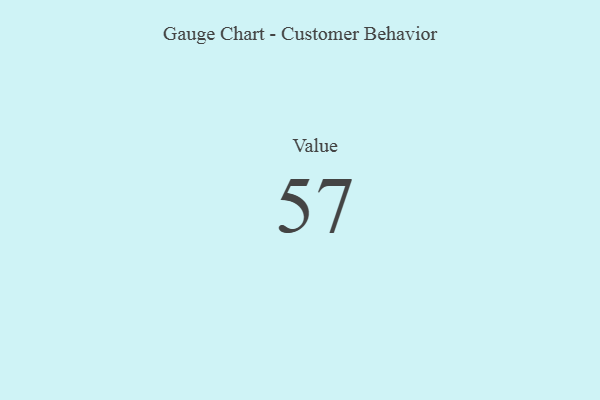
{"axis": {"x": "Metric", "y": "Value"}, "legend": [""], "data": [{"x": "Value", "y": 57, "type": ""}]}